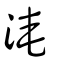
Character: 淹